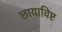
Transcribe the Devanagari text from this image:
छायाविष्ट